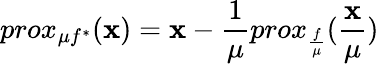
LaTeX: prox_{\mu f^{*}}(\mathbf{x})=\mathbf{x}-\frac{1}{\mu}prox_{\frac{f}{\mu}}(\frac{\mathbf{x}}{\mu})